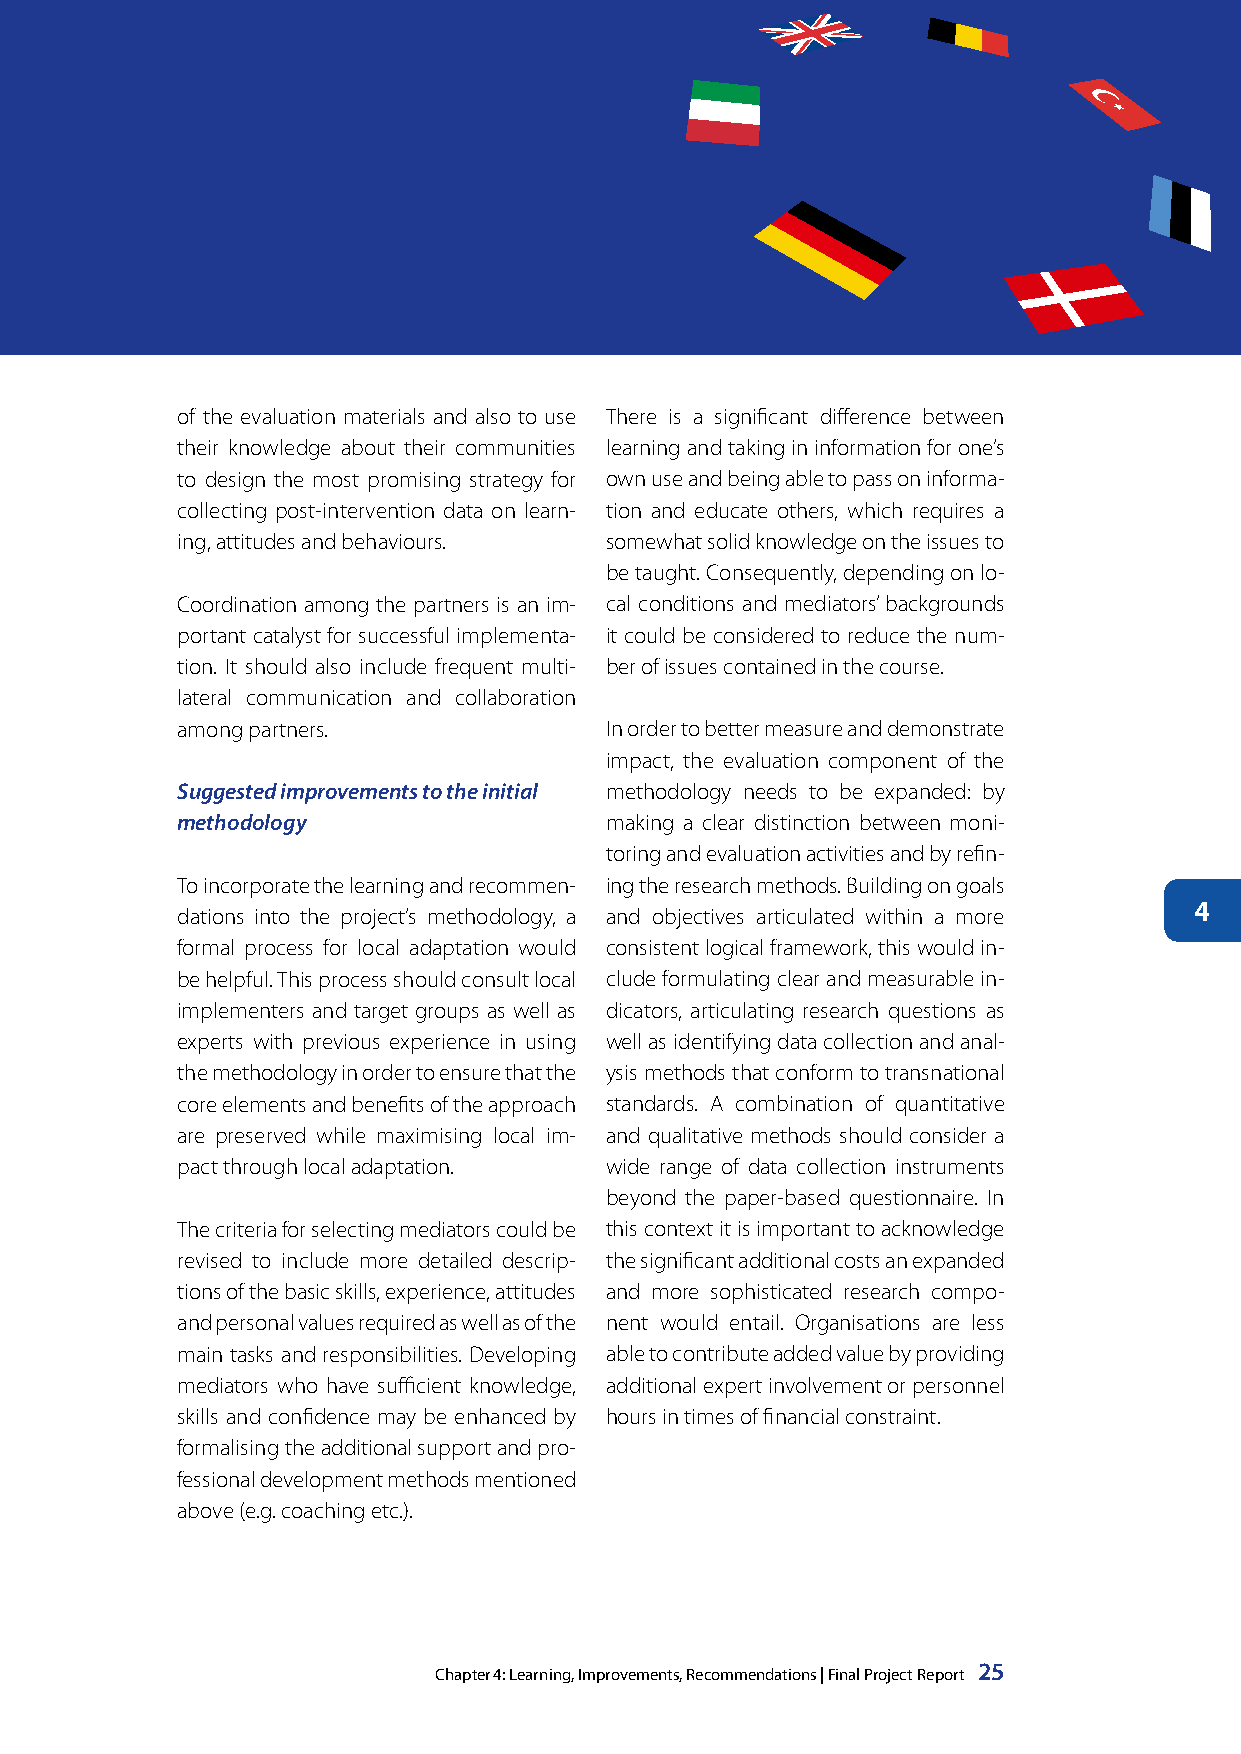
of the evaluation materials and also to use There is a significant difference between
 their knowledge about their communities learning and taking in information for one’s
 to design the most promising strategy for own use and being able to pass on informa-
 collecting post-intervention data on learn- tion and educate others, which requires a
 ing, attitudes and behaviours. somewhat solid knowledge on the issues to
 be taught. Consequently, depending on lo-
 Coordination among the partners is an im- cal conditions and mediators’ backgrounds
 portant catalyst for successful implementa- it could be considered to reduce the num-
 tion. It should also include frequent multi- ber of issues contained in the course.
 lateral communication and collaboration
 among partners.             In order to better measure and demonstrate
 impact, the evaluation component of the
 Suggested improvements to the initial methodology needs to be expanded: by
 methodology                 making a clear distinction between moni-
 toring and evaluation activities and by refin-
 To incorporate the learning and recommen- ing the research methods. Building on goals
 4
 dations into the project’s methodology, a and objectives articulated within a more
 formal process for local adaptation would consistent logical framework, this would in-
 be helpful. This process should consult local clude formulating clear and measurable in-
 implementers and target groups as well as dicators, articulating research questions as
 experts with previous experience in using well as identifying data collection and anal-
 the methodology in order to ensure that the ysis methods that conform to transnational
 core elements and benefits of the approach standards. A combination of quantitative
 are preserved while maximising local im- and qualitative methods should consider a
 pact through local adaptation. wide range of data collection instruments
 beyond the paper-based questionnaire. In
 The criteria for selecting mediators could be this context it is important to acknowledge
 revised to include more detailed descrip- the significant additional costs an expanded
 tions of the basic skills, experience, attitudes and more sophisticated research compo-
 and personal values required as well as of the nent would entail. Organisations are less
 main tasks and responsibilities. Developing able to contribute added value by providing
 mediators who have sufficient knowledge, additional expert involvement or personnel
 skills and confidence may be enhanced by hours in times of financial constraint.
 formalising the additional support and pro-
 fessional development methods mentioned
 above (e.g. coaching etc.).
 Chapter 4: Learning, Improvements, Recommendations | Final Project Report 25